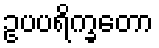
ဥပပရိက္ခတော